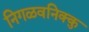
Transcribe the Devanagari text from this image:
निगळवनिक्कु